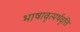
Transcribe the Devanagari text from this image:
भाषावृत्यर्थवृत्ति